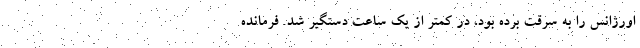
اورژانس را به سرقت برده بود، در کمتر از یک ساعت دستگیر شد. فرمانده